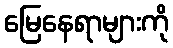
မြေနေရာများကို